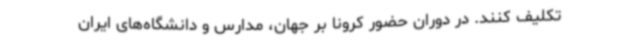
تکلیف کنند. در دوران حضور‌ کرونا بر جهان، مدارس و دانشگاه‌های ایران